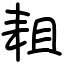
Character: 耝